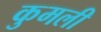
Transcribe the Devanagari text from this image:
कुमली